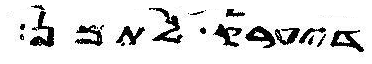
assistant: דיערק לתמן